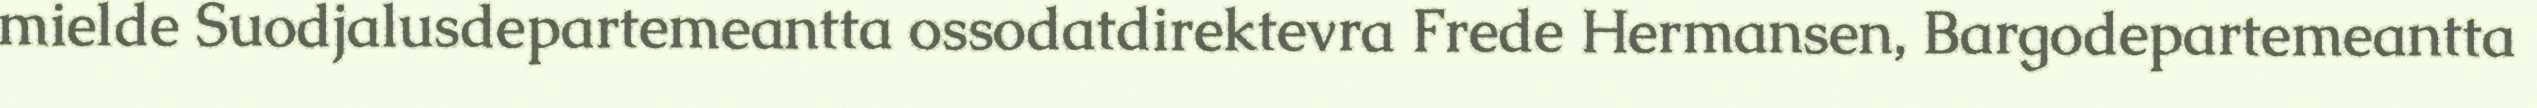
mielde Suodjalusdepartemeantta ossodatdirektevra Frede Hermansen, Bargodepartemeantta